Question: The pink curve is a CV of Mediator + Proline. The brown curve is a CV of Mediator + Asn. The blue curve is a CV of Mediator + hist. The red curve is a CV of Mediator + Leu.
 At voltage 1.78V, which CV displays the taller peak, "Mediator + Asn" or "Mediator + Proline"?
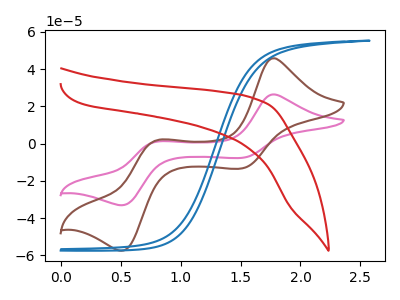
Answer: <think>The pink curve "Mediator + Proline" has anodic peaks at (1.80V, 26.35uA) (0.80V, 1.00uA) and cathodic peaks at (1.50V, -7.70uA) (0.50V, -33.15uA). The brown curve "Mediator + Asn" has anodic peaks at (1.80V, 45.80uA) (0.80V, 1.70uA) and cathodic peaks at (1.50V, -13.40uA) (0.50V, -57.60uA). The blue curve "Mediator + hist" has no peaks. The red curve "Mediator + Leu" has no peaks.</think>
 <answer>The peak at 1.78V is higher in "Mediator + Asn" than in "Mediator + Proline".</answer>
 <eval>higher</eval>